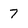
Character: 7